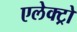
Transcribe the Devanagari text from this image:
एलेक्ट्रो